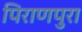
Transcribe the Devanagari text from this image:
पिराणपुरा